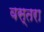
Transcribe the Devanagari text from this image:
वस्तरा